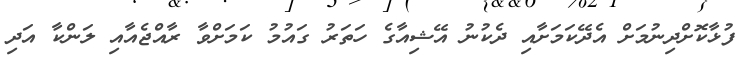
ފުޅާކޮށްދިނުމަށް އެދޭކަމަށާއި ދެކުނު އޭޝިއާގެ ހަތަރު ގައުމު ކަމަށްވާ ރާއްޖެއާއި ލަންކާ އަދި